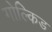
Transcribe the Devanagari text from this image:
गोल्किड